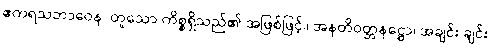
ဧကရသဘာဝေန၊ တူသော ကိစ္စရှိသည်၏ အဖြစ်ဖြင့်။ အနတိဝတ္တနဋ္ဌော၊ အချင်း ချင်း